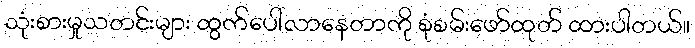
သုံးစားမှုသတင်းများ ထွက်ပေါ်လာနေတာကို စုံစမ်းဖော်ထုတ် ထားပါတယ်။